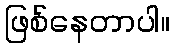
ဖြစ်နေတာပါ။